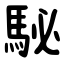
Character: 駜